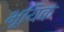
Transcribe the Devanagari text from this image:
भूयिक